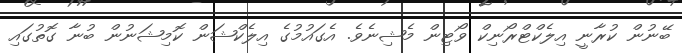
ބޭނުން ކުރާނީ އިލެކްޓްރޯނިކް ވޯޓިން މެޝިނެވެ. އެގައުމުގެ އިލެކްޝަން ކޮމިޝަނުން ބުނާ ގޮތުގައި